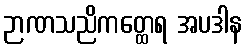
ဉာဏသညိကတ္ထေရ အပဒါန